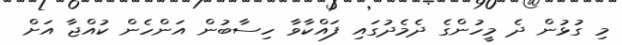
މި ގުޅުން ދެ މީހުންގެ ދެމެދުގައި ފައްކާވާ ހިސާބުން އަންހެން ކުއްޖާ އަށް